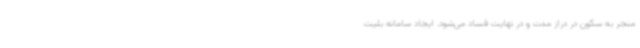
منجر به سکون در دراز مدت و در نهایت فساد می‌شود. ایجاد سامانه بلیت